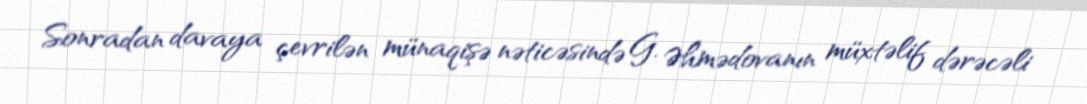
Sonradan davaya çevrilən münaqişə nəticəsində G. Əhmədovanın müxtəlif dərəcəli